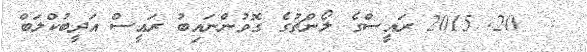
:  20